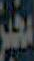
مخبر